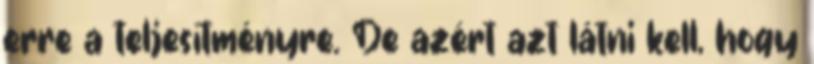
erre a teljesítményre. De azért azt látni kell, hogy